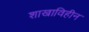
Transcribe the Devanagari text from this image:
शाखाविहीन